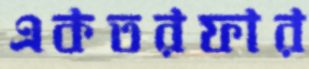
একতরফার